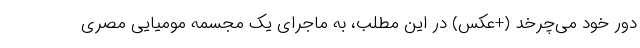
دور خود می‌چرخد (+عکس) در این مطلب، به ماجرای یک مجسمه مومیایی مصری